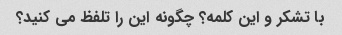
با تشکر و این کلمه؟ چگونه این را تلفظ می کنید؟